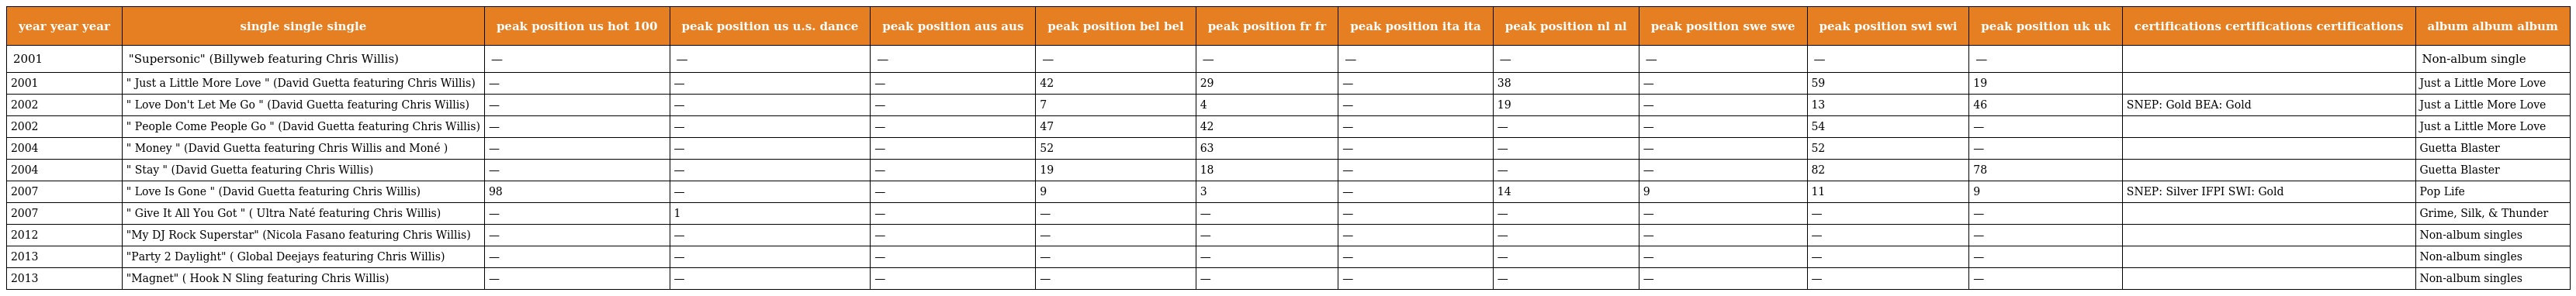
| year year year | single single single | peak position us hot 100 | peak position us u.s. dance | peak position aus aus | peak position bel bel | peak position fr fr | peak position ita ita | peak position nl nl | peak position swe swe | peak position swi swi | peak position uk uk | certifications certifications certifications | album album album |
 | --- | --- | --- | --- | --- | --- | --- | --- | --- | --- | --- | --- | --- | --- |
 | 2001 | "Supersonic" (Billyweb featuring Chris Willis) | — | — | — | — | — | — | — | — | — | — |  | Non-album single |
 | 2001 | " Just a Little More Love " (David Guetta featuring Chris Willis) | — | — | — | 42 | 29 | — | 38 | — | 59 | 19 |  | Just a Little More Love |
 | 2002 | " Love Don't Let Me Go " (David Guetta featuring Chris Willis) | — | — | — | 7 | 4 | — | 19 | — | 13 | 46 | SNEP: Gold BEA: Gold | Just a Little More Love |
 | 2002 | " People Come People Go " (David Guetta featuring Chris Willis) | — | — | — | 47 | 42 | — | — | — | 54 | — |  | Just a Little More Love |
 | 2004 | " Money " (David Guetta featuring Chris Willis and Moné ) | — | — | — | 52 | 63 | — | — | — | 52 | — |  | Guetta Blaster |
 | 2004 | " Stay " (David Guetta featuring Chris Willis) | — | — | — | 19 | 18 | — | — | — | 82 | 78 |  | Guetta Blaster |
 | 2007 | " Love Is Gone " (David Guetta featuring Chris Willis) | 98 | — | — | 9 | 3 | — | 14 | 9 | 11 | 9 | SNEP: Silver IFPI SWI: Gold | Pop Life |
 | 2007 | " Give It All You Got " ( Ultra Naté featuring Chris Willis) | — | 1 | — | — | — | — | — | — | — | — |  | Grime, Silk, & Thunder |
 | 2012 | "My DJ Rock Superstar" (Nicola Fasano featuring Chris Willis) | — | — | — | — | — | — | — | — | — | — |  | Non-album singles |
 | 2013 | "Party 2 Daylight" ( Global Deejays featuring Chris Willis) | — | — | — | — | — | — | — | — | — | — |  | Non-album singles |
 | 2013 | "Magnet" ( Hook N Sling featuring Chris Willis) | — | — | — | — | — | — | — | — | — | — |  | Non-album singles |